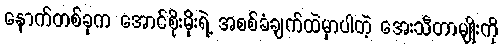
နောက်တစ်ခုက အောင်စိုးမိုးရဲ့ အစစ်ခံချက်ထဲမှာပါတဲ့ အေးသီတာမျိုးကို